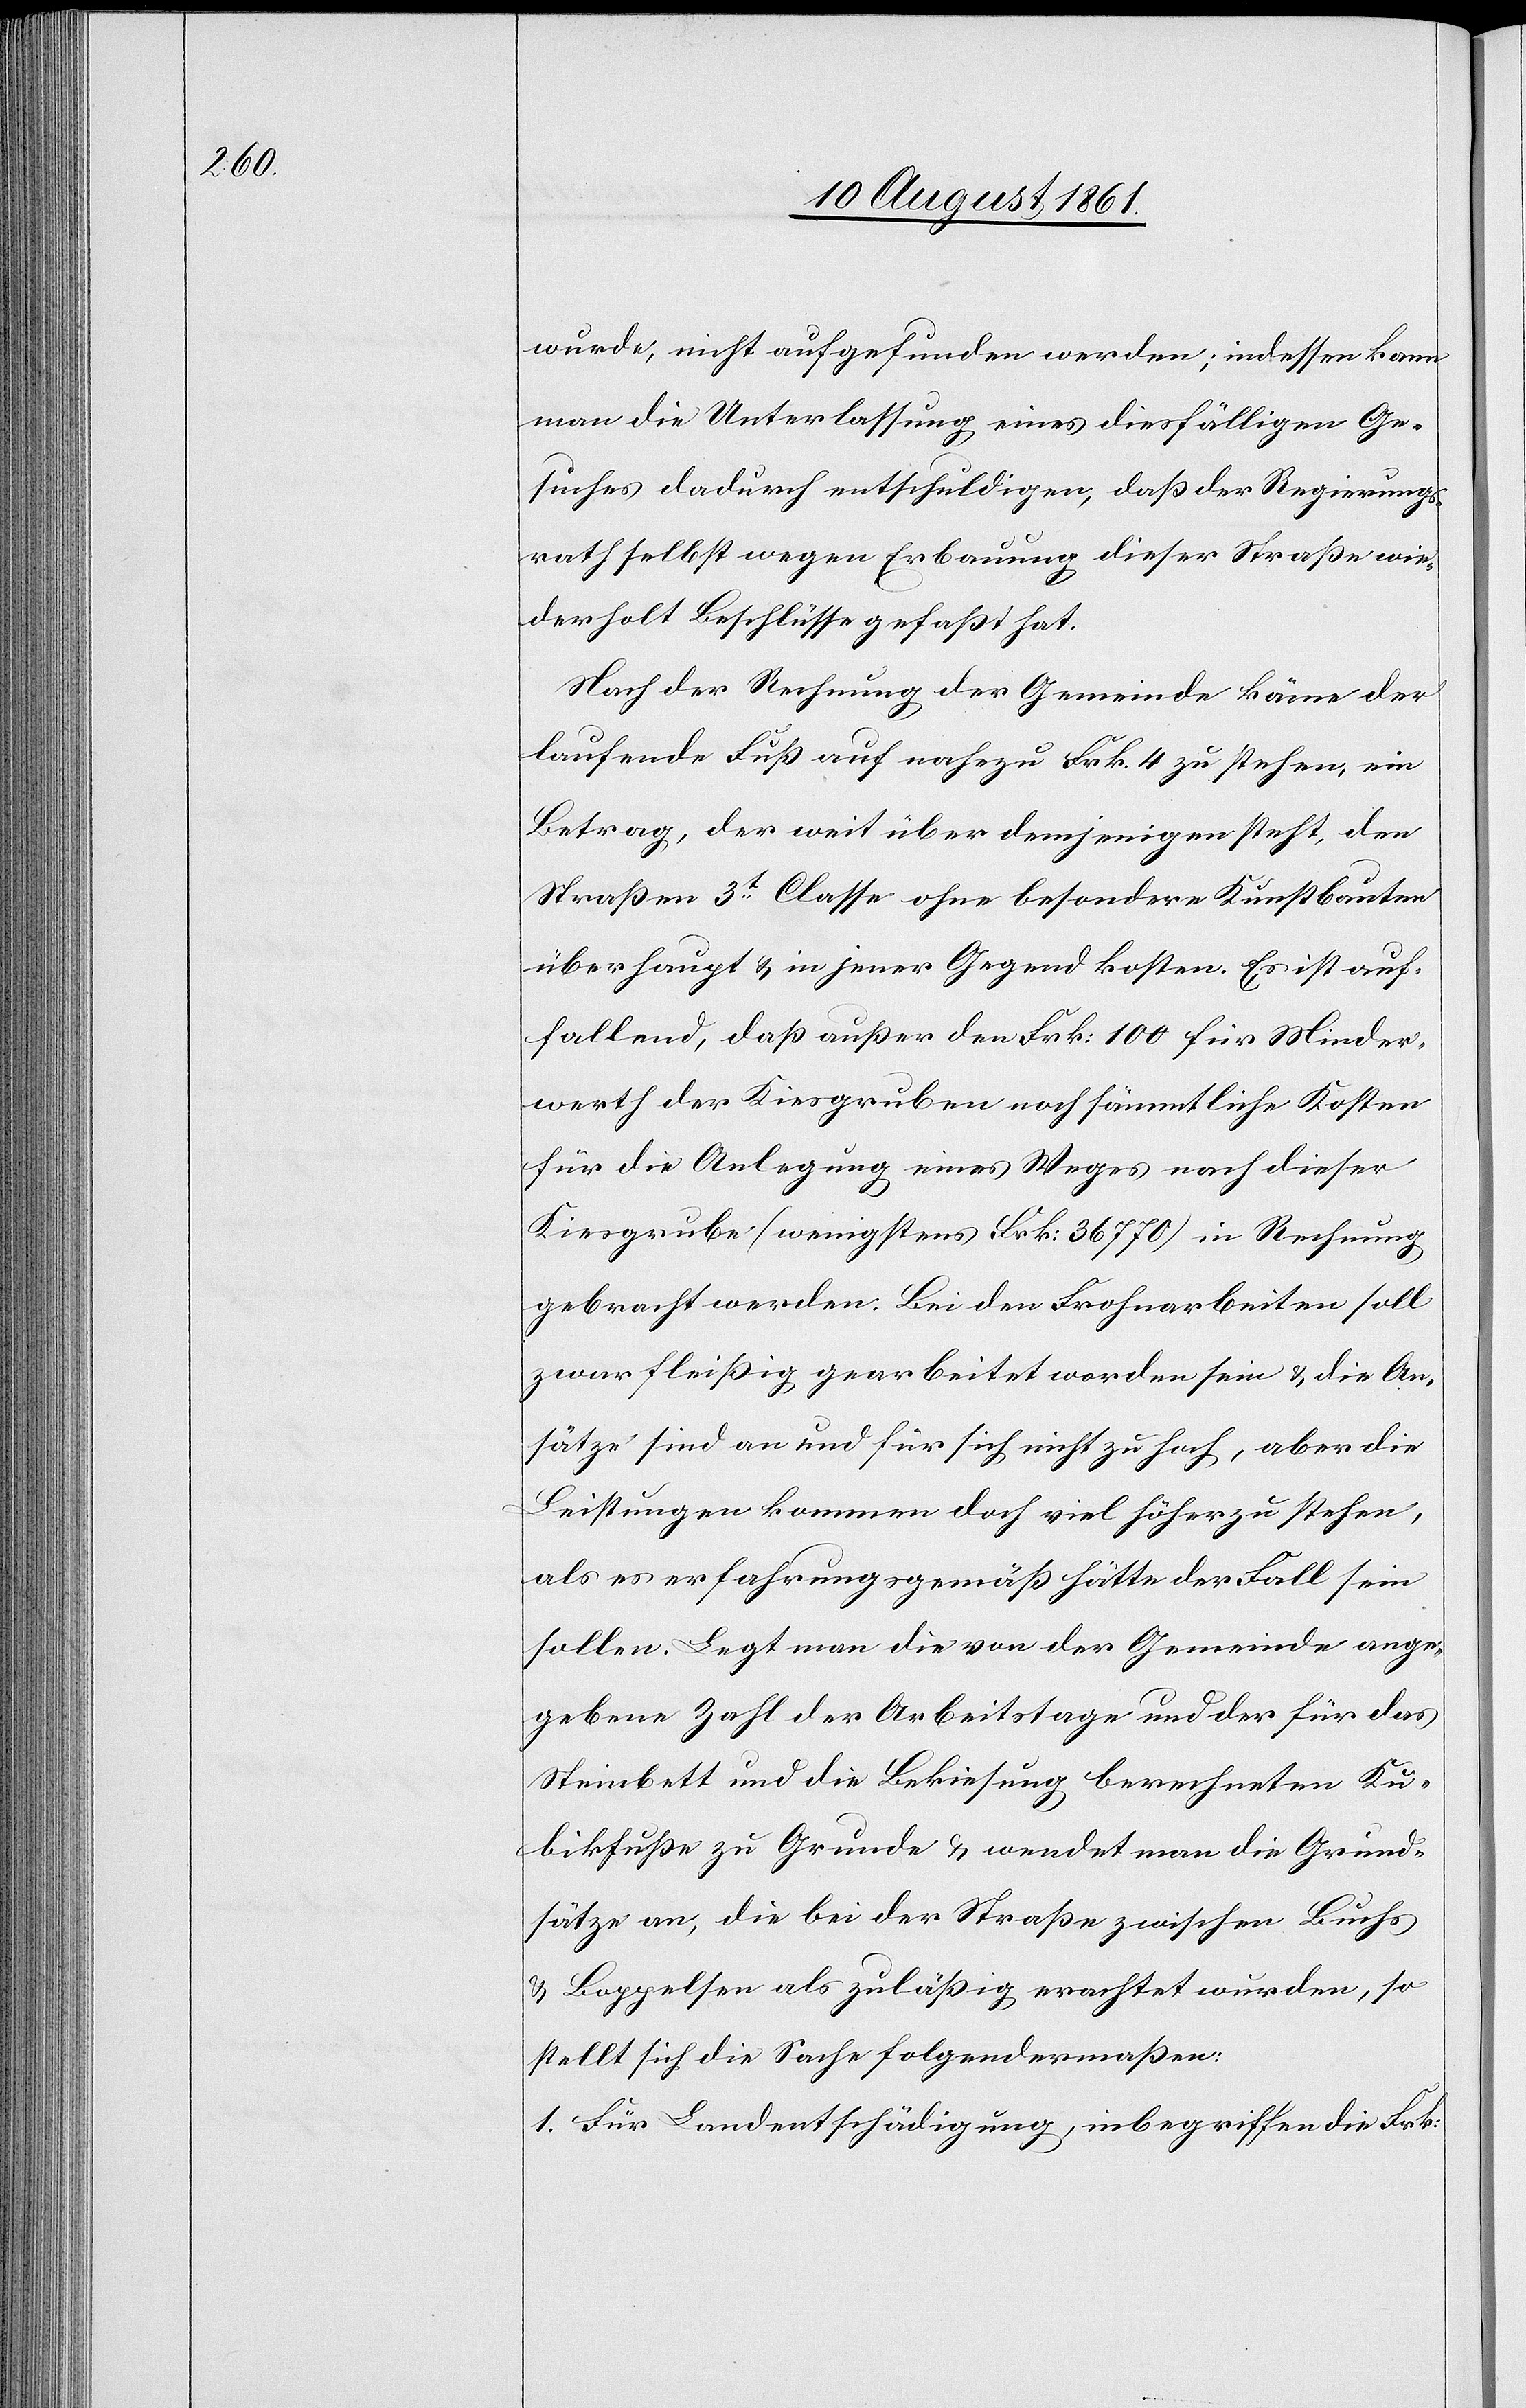
wurde, nicht aufgefunden werden; indessen kann
man die Unterlassung eines diesfälligen Ge¬
suches dadurch entschuldigen, daß der Regierungs¬
rath selbst wegen Erbauung dieser Straße wie¬
derholt Beschlüsse gefaßt hat.
Nach der Rechnung der Gemeinde käme der
laufende Fuß auf nahezu Frk. 4 zu stehen, ein
Betrag, der weit über demjenigen steht, den
Straßen 3t Classe ohne besondere Kunstbauten
überhaupt u. in jener Gegend kosten. Es ist auf¬
fallend, daß außer den Frk. 100 für Minder¬
werth der Kiesgruben noch sämmtliche Kosten
für die Anlegung eines Weges nach dieser
Kiesgrube (wenigstens Frk. 36670) in Rechnung
gebracht werden. Bei den Frohnarbeiten soll
zwar fleißig gearbeitet worden sein u. die An¬
sätze sind an und für sich nicht zu hoch, aber die
Leistungen kommen doch viel höher zu stehen,
als es erfahrungsgemäß hätte der Fall sein
sollen. Legt man die von der Gemeinde ange¬
gebene Zahl der Arbeitstage und der für das
Steinbett und die Bekiesung berechneten Ku¬
bikfuße zu Grunde u. wendet man die Grund¬
sätze an, die bei der Straße zwischen Buchs
u. Boppelsen als zuläßig erachtet wurden, so
stellt sich die Sache folgendermaßen:
1. Für Landentschädigungen, inbegriffen die Frk.